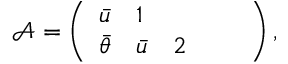
\mathcal { A } = \left( \begin{array} { l l l l l } { \bar { u } } & { 1 } & { } & { } & { } \\ { \bar { \theta } } & { \bar { u } } & { 2 } & { } & { } \end{array} \right) ,